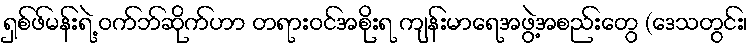
ရှစ်ဖ်မန်းရဲ့ ဝက်ဘ်ဆိုက်ဟာ တရားဝင်အစိုးရ ကျန်းမာရေအဖွဲ့အစည်းတွေ (ဒေသတွင်း၊